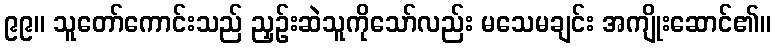
၉၉။ သူတော်ကောင်းသည် ညှဉ်းဆဲသူကိုသော်လည်း မသေမချင်း အကျိုးဆောင်၏။